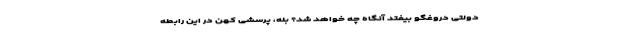
دولتی دروغگو بیفتد آنگاه چه خواهد شد؟ بله، پرسشی کهن در این رابطه